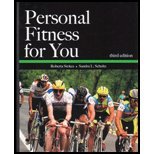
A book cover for Personal Fitness for You; Roberta Stokes; Teen & Young Adult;